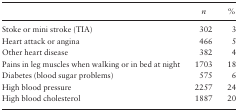
<table><thead><tr><td></td><td><b><i>n</i></b></td><td><b>%</b></td></tr></thead><tbody><tr><td>Stoke or mini stroke (TIA)</td><td>302</td><td>3</td></tr><tr><td>Heart attack or angina</td><td>466</td><td>5</td></tr><tr><td>Other heart disease</td><td>382</td><td>4</td></tr><tr><td>Pains in leg muscles when walking or in bed at night</td><td>1703</td><td>18</td></tr><tr><td>Diabetes (blood sugar problems)</td><td>575</td><td>6</td></tr><tr><td>High blood pressure</td><td>2257</td><td>24</td></tr><tr><td>High blood cholesterol</td><td>1887</td><td>20</td></tr></tbody></table>